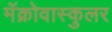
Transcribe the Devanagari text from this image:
मॅक्रोवास्कुलर